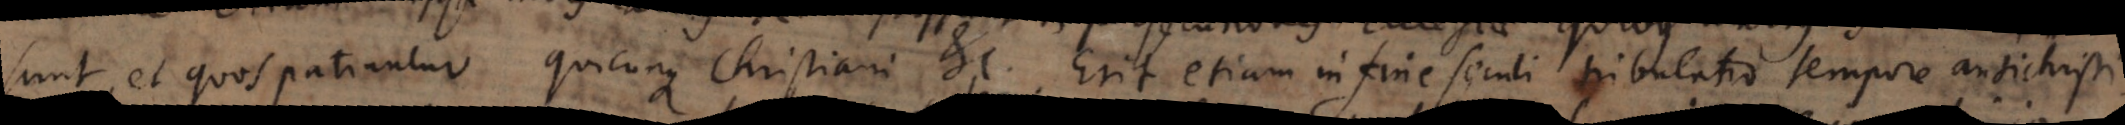
sunt, et quas patiuntur quicunque Christiani etc. Erit etiam in fine seculi tribulatio tempore antichristi.